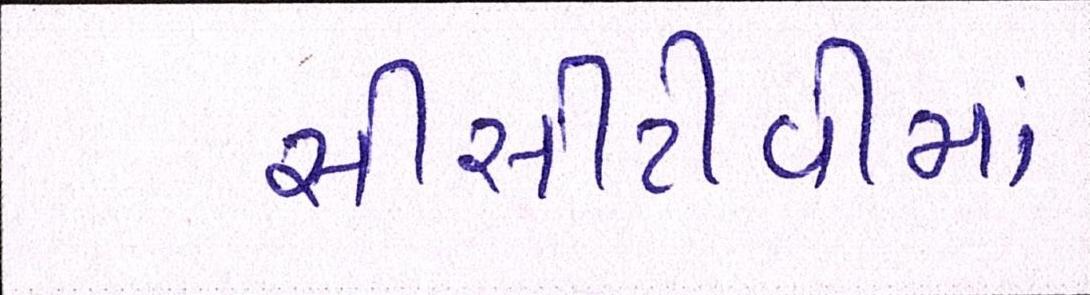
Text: સીસીટીવીમાં